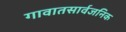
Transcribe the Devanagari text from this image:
गावातसार्वजनिक